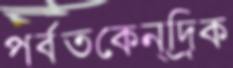
পর্বতকেন্দ্রিক